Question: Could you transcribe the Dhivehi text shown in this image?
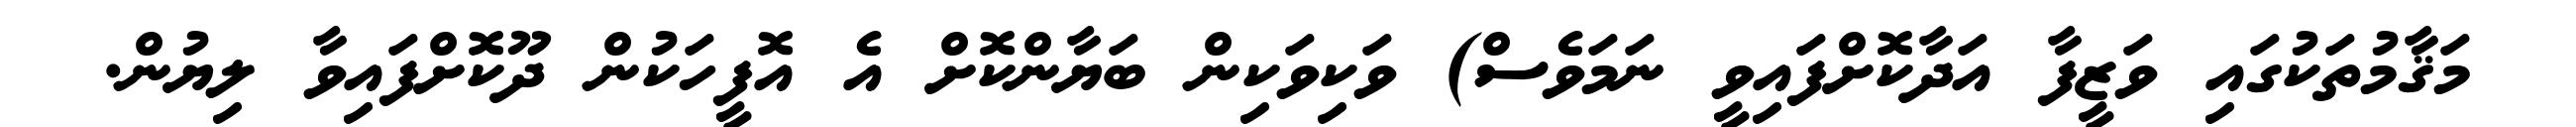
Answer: މަޤާމުތަކުގައި ވަޒީފާ އަދާކޮށްފައިވީ ނަމަވެސް) ވަކިވަކިން ބަޔާންކޮށް އެ އޮފީހަކުން ދޫކޮށްފައިވާ ލިޔުން.